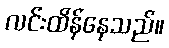
လင်းထိန်နေသည်။